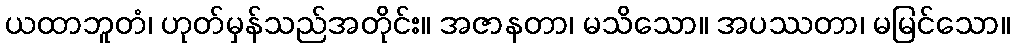
ယထာဘူတံ၊ ဟုတ်မှန်သည်အတိုင်း။ အဇာနတာ၊ မသိသော။ အပဿတာ၊ မမြင်သော။